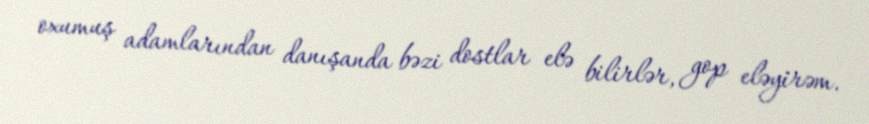
oxumuş adamlarından danışanda bəzi dostlar elə bilirlər, gop eləyirəm.